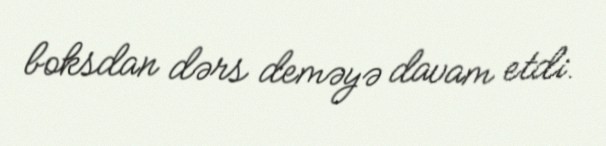
boksdan dərs deməyə davam etdi.